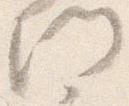
門